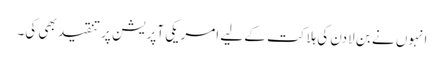
انہوں نے بن لادن کی ہلاکت کے لیے امریکی آپریشن پر تنقید بھی کی۔